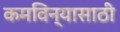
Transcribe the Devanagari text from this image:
कमविन्यासाठी